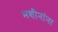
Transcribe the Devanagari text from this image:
मशीनांना